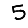
Digit: 5